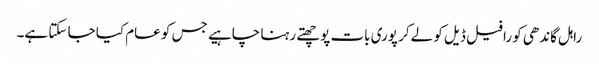
راہل گاندھی کو رافیل ڈیل کو لےکر پوری بات پوچھتے رہنا چاہیے جس کو عام کیا جا سکتا ہے۔